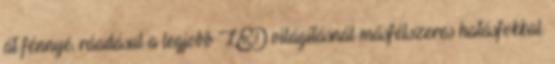
át fénnyé, ráadásul a legjobb LED világításnál másfélszeres hatásfokkal.